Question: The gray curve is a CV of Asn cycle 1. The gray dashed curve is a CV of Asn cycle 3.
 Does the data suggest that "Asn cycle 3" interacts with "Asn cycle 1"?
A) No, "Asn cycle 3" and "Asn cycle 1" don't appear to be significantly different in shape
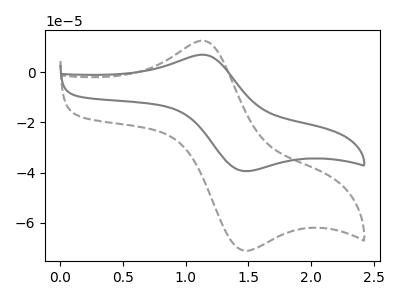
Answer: <think>The gray curve "Asn cycle 1" has an anodic peak at (1.15V, 6.95uA) and a cathodic peak at (1.45V, -39.25uA). The gray dashed curve "Asn cycle 3" has an anodic peak at (1.15V, 12.55uA) and a cathodic peak at (1.45V, -70.80uA).
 All the peaks in "Asn cycle 3" have a peak in "Asn cycle 1" at the same potential. Every peak in "Asn cycle 3" is higher than every peak in "Asn cycle 1".</think>
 <answer>A) No, "Asn cycle 3" and "Asn cycle 1" don't appear to be significantly different in shape</answer>
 <eval>A</eval>